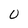
Character: 0